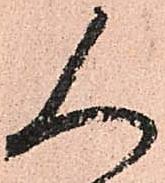
人